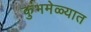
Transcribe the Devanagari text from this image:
कुंभमेळ्यात